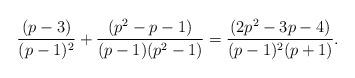
LaTeX: \begin{align*}\frac{(p-3)}{(p-1)^2} + \frac{(p^2-p-1)}{(p-1)(p^2-1)} = \frac{(2p^2-3p-4)}{(p-1)^2(p+1)}.\end{align*}